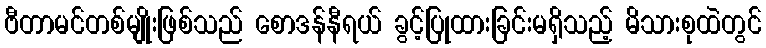
ဗီတာမင်တစ်မျိုးဖြစ်သည် စောဒန်နီရယ် ခွင့်ပြုထားခြင်းမရှိသည့် မိသားစုထဲတွင်